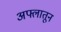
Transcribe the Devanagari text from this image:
अफ्लातून